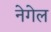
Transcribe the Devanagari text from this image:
नेगेल